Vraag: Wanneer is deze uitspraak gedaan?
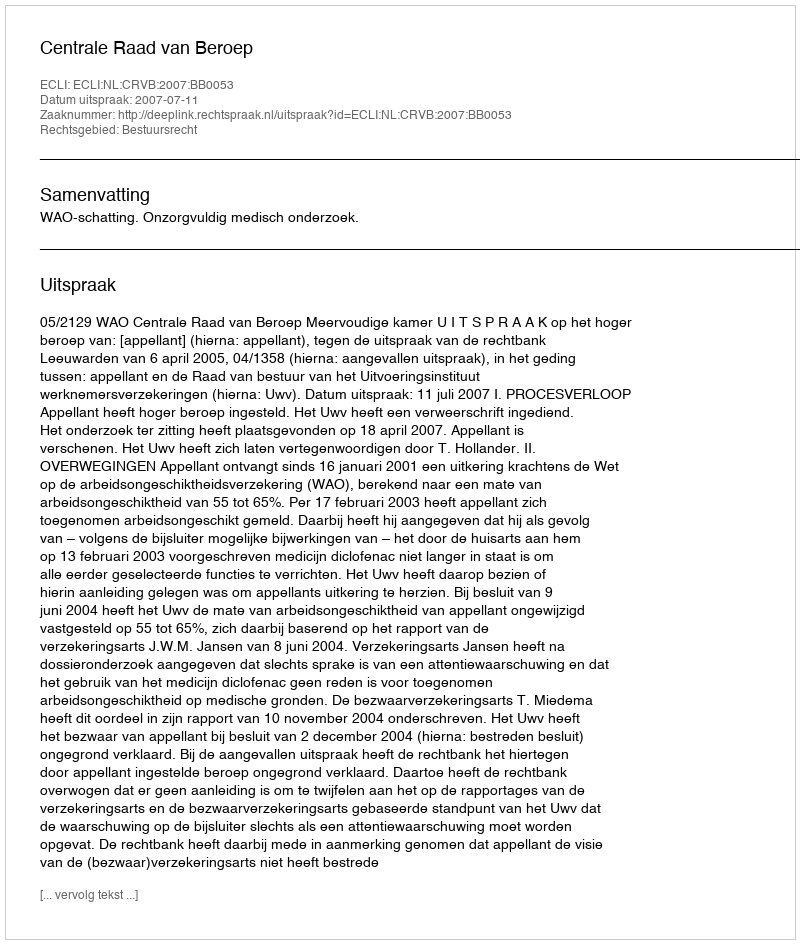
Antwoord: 2007-07-11